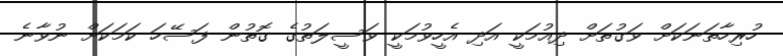
ހުރިހާތަނަކަށް ވަގުތަށް ދިއުމަކީ އަދި އެހީވުމަކީ ވަސީލަތުގެ ގޮތުން ފަސޭހަ ކަމަކަށް ނުވާނެ